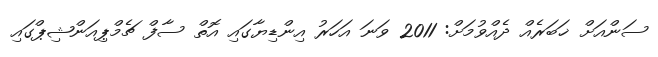
ސަންއަށް ޚަބަރެއް ދެއްވުމަށް: 2011 ވަނަ އަހަރު އިންޑިޔާގައި އޮތް ސާފް ޗެމްޕިއަންޝިޕްގައި